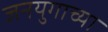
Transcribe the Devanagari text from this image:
जनयुगाच्या